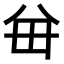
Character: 𪞈